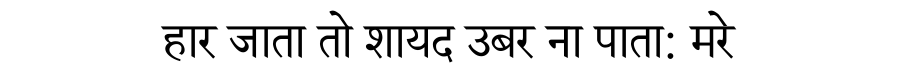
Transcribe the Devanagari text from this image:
हार जाता तो शायद उबर ना पाता: मरे